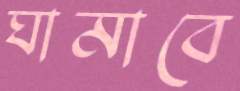
ঘামাবে